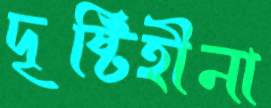
দৃষ্টিহীনা